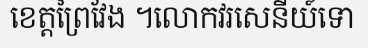
ខេត្តព្រៃវែង ។លោកវរសេនីយ៍ទោ